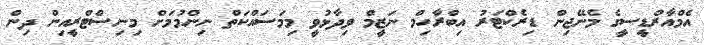
އެމްއާރްޑީސީގެ މެނޭޖިން ޑިރެކްޓަރު އިބްރާހިމް ނަޒީމް ވިދާޅުވީ މިމަސައްކަތް ނިންމުމަށް މިނިސްޓްރީއިން ދިން